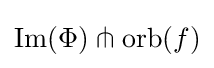
\operatorname {Im} (\Phi )\pitchfork \operatorname {orb} (f)